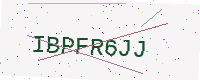
Text: IBPFR6JJ